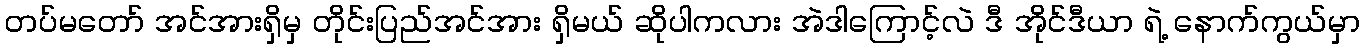
တပ်မတော် အင်အားရှိမှ တိုင်းပြည်အင်အား ရှိမယ် ဆိုပါကလား အဲဒါကြောင့်လဲ ဒီ အိုင်ဒီယာ ရဲ့ နောက်ကွယ်မှာ